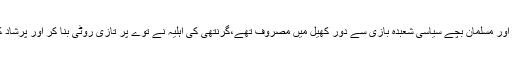
گردوارے کے اندر باہر چند سکھ اور مسلمان بچے سیاسی شعبدہ بازی سے دور کھیل میں مصروف تھے،گرنتھی کی اہلیہ نے توے پر تازی روٹی بنا کر اور پرشاد کھلا کر میری بھوک مٹا دی تھی۔